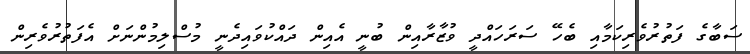
ސަބާގެ ފަތުރުވެރިކަމާއި ބެހޭ ސަރަހައްދީ ވުޒާރާއިން ބުނީ އެއިން ދައްކުވައިދެނީ މުސްލިމުންނަށް އެފަތުރުވެރިން